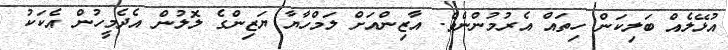
އުޅޭލެއް ބަލިކަން ހިތައް އެރުމުންނެވެ. އާޒިންއަށް ލަމްހާޔާ ޔަޒިންގެ ލޮލުން އެދެމީހުން އެކަކު